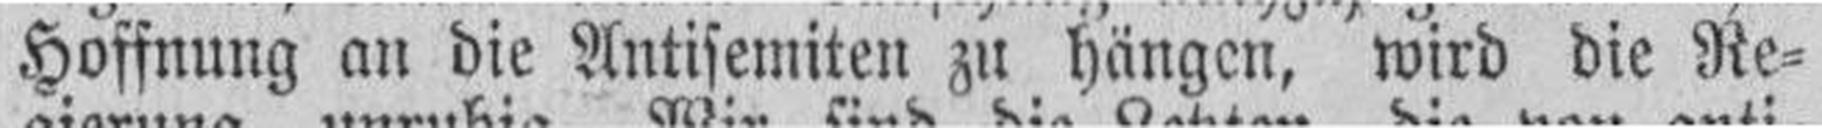
Hoffnung an die Antisemiten zu hängen, wird die Re¬